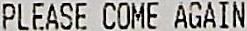
PLEASE COME AGAIN